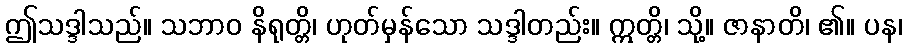
ဤသဒ္ဒါသည်။ သဘာဝ နိရုတ္တိ၊ ဟုတ်မှန်သော သဒ္ဒါတည်း။ ဣတ္တိ၊ သို့။ ဇာနာတိ၊ ၏။ ပန၊